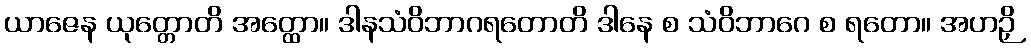
ယာဇေန ယုတ္တောတိ အတ္ထော။ ဒါနသံဝိဘာဂရတောတိ ဒါနေ စ သံဝိဘာဂေ စ ရတော။ အဟဉှိ